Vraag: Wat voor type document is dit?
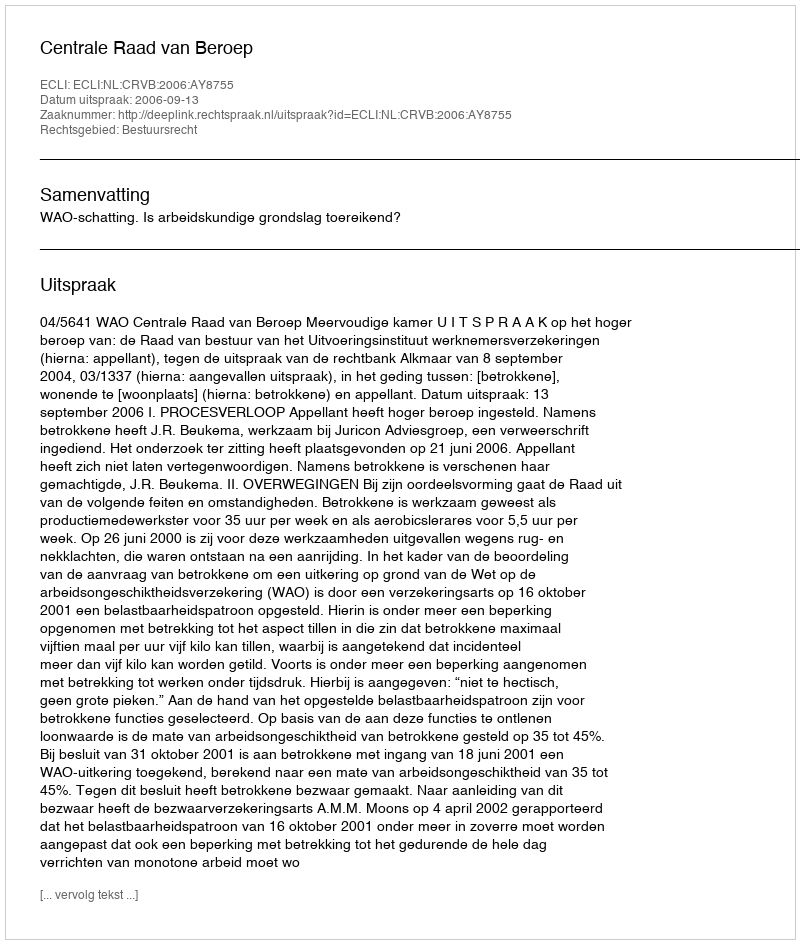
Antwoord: Uitspraak